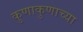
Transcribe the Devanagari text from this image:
कुणाकुणाच्या